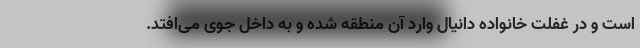
است و در غفلت خانواده دانیال وارد آن منطقه شده و به داخل جوی می‌افتد.